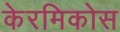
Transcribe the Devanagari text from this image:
केरमिकोस